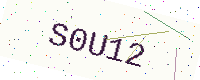
Text: S0U12